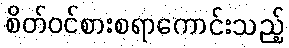
စိတ်ဝင်စားစရာကောင်းသည့်